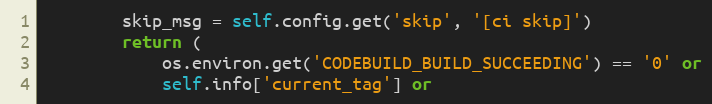
Language: Python
        skip_msg = self.config.get('skip', '[ci skip]')
        return (
            os.environ.get('CODEBUILD_BUILD_SUCCEEDING') == '0' or
            self.info['current_tag'] or